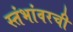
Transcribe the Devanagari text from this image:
स्तंभांवरची